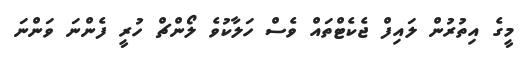
މީގެ އިތުރުން ލައިފް ޖެކެޓްތައް ވެސް ހަލާކުވެ ލޯންޗް ހުރީ ފެންނަ ވަންނަ